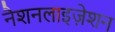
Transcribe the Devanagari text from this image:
नैशनलाइज़ेशन